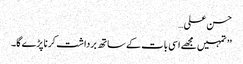
حسن علی…
’’ تمہیں مجھے اسی بات کے ساتھ برداشت کرنا پڑے گا۔